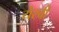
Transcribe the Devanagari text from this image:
येरवी